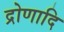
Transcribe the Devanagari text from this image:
द्रोणादि